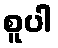
စူပါ